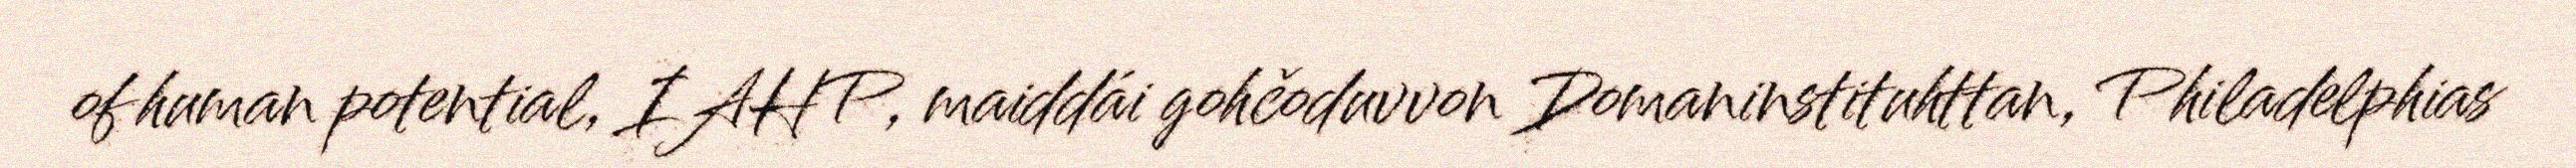
of human potential, IAHP, maiddái gohčoduvvon Domaninstituhttan, Philadelphias